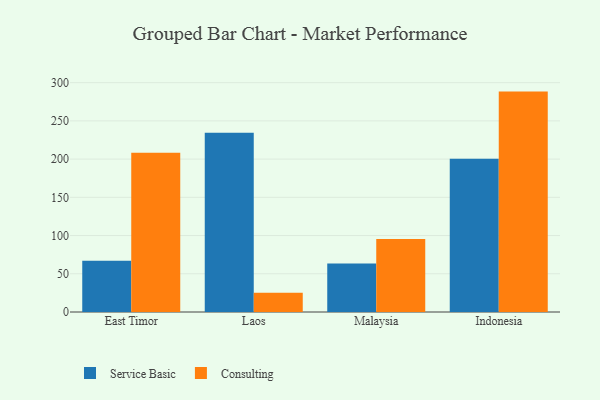
{"axis": {"x": "Country", "y": "Humidity (%)"}, "legend": ["Consulting", "Service Basic"], "data": [{"x": "East Timor", "y": 66.9, "type": "Service Basic"}, {"x": "East Timor", "y": 208.4, "type": "Consulting"}, {"x": "Laos", "y": 234.5, "type": "Service Basic"}, {"x": "Laos", "y": 25.3, "type": "Consulting"}, {"x": "Malaysia", "y": 63.4, "type": "Service Basic"}, {"x": "Malaysia", "y": 95.4, "type": "Consulting"}, {"x": "Indonesia", "y": 200.3, "type": "Service Basic"}, {"x": "Indonesia", "y": 288.3, "type": "Consulting"}]}